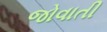
જોવાતી